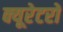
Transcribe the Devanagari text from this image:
क्यूरेटरों